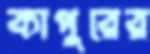
কাপুরের